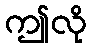
ဤလို